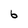
Character: 6